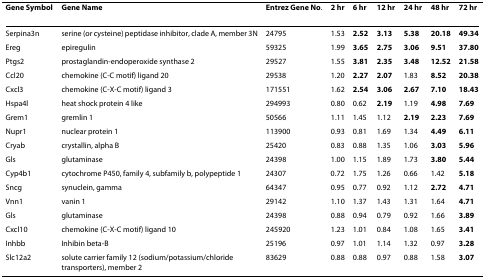
<table><thead><tr><td><b>Gene Symbol</b></td><td><b>Gene Name</b></td><td><b>Entrez Gene No.</b></td><td><b>2 hr</b></td><td><b>6 hr</b></td><td><b>12 hr</b></td><td><b>24 hr</b></td><td><b>48 hr</b></td><td><b>72 hr</b></td></tr></thead><tbody><tr><td>Serpina3n</td><td>serine (or cysteine) peptidase inhibitor, clade A, member 3N</td><td>24795</td><td>1.53</td><td><b>2.52</b></td><td><b>3.13</b></td><td><b>5.38</b></td><td><b>20.18</b></td><td><b>49.34</b></td></tr><tr><td>Ereg</td><td>epiregulin</td><td>59325</td><td>1.99</td><td><b>3.65</b></td><td><b>2.75</b></td><td><b>3.06</b></td><td><b>9.51</b></td><td><b>37.80</b></td></tr><tr><td>Ptgs2</td><td>prostaglandin-endoperoxide synthase 2</td><td>29527</td><td>1.55</td><td><b>3.81</b></td><td><b>2.35</b></td><td><b>3.48</b></td><td><b>12.52</b></td><td><b>21.58</b></td></tr><tr><td>Ccl20</td><td>chemokine (C-C motif) ligand 20</td><td>29538</td><td>1.20</td><td><b>2.27</b></td><td><b>2.07</b></td><td>1.83</td><td><b>8.52</b></td><td><b>20.38</b></td></tr><tr><td>Cxcl3</td><td>chemokine (C-X-C motif) ligand 3</td><td>171551</td><td>1.62</td><td><b>2.54</b></td><td><b>3.06</b></td><td><b>2.67</b></td><td><b>7.10</b></td><td><b>18.43</b></td></tr><tr><td>Hspa4l</td><td>heat shock protein 4 like</td><td>294993</td><td>0.80</td><td>0.62</td><td><b>2.19</b></td><td>1.19</td><td><b>4.98</b></td><td><b>7.69</b></td></tr><tr><td>Grem1</td><td>gremlin 1</td><td>50566</td><td>1.11</td><td>1.45</td><td>1.12</td><td><b>2.19</b></td><td><b>2.23</b></td><td><b>7.69</b></td></tr><tr><td>Nupr1</td><td>nuclear protein 1</td><td>113900</td><td>0.93</td><td>0.81</td><td>1.69</td><td>1.34</td><td><b>4.49</b></td><td><b>6.11</b></td></tr><tr><td>Cryab</td><td>crystallin, alpha B</td><td>25420</td><td>0.83</td><td>0.88</td><td>1.35</td><td>1.06</td><td><b>3.03</b></td><td><b>5.96</b></td></tr><tr><td>Gls</td><td>glutaminase</td><td>24398</td><td>1.00</td><td>1.15</td><td>1.89</td><td>1.73</td><td><b>3.80</b></td><td><b>5.44</b></td></tr><tr><td>Cyp4b1</td><td>cytochrome P450, family 4, subfamily b, polypeptide 1</td><td>24307</td><td>0.72</td><td>1.75</td><td>1.26</td><td>0.66</td><td>1.42</td><td><b>5.18</b></td></tr><tr><td>Sncg</td><td>synuclein, gamma</td><td>64347</td><td>0.95</td><td>0.77</td><td>0.92</td><td>1.12</td><td><b>2.72</b></td><td><b>4.71</b></td></tr><tr><td>Vnn1</td><td>vanin 1</td><td>29142</td><td>1.10</td><td>1.37</td><td>1.43</td><td>1.31</td><td>1.64</td><td><b>4.71</b></td></tr><tr><td>Gls</td><td>glutaminase</td><td>24398</td><td>0.88</td><td>0.94</td><td>0.79</td><td>0.92</td><td>1.66</td><td><b>3.89</b></td></tr><tr><td>Cxcl10</td><td>chemokine (C-X-C motif) ligand 10</td><td>245920</td><td>1.23</td><td>1.01</td><td>0.84</td><td>1.08</td><td>1.65</td><td><b>3.41</b></td></tr><tr><td>Inhbb</td><td>Inhibin beta-B</td><td>25196</td><td>0.97</td><td>1.01</td><td>1.14</td><td>1.32</td><td>0.97</td><td><b>3.28</b></td></tr><tr><td>Slc12a2</td><td>solute carrier family 12 (sodium/potassium/chloride transporters), member 2</td><td>83629</td><td>0.88</td><td>0.88</td><td>0.97</td><td>0.88</td><td>1.58</td><td><b>3.07</b></td></tr></tbody></table>